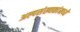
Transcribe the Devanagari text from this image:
अल्पसंख्यकांमध्ये